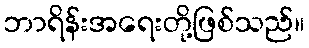
ဘာရိန်းအရေးတို့ဖြစ်သည်။